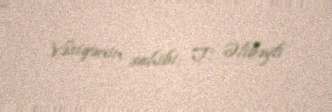
Vəsiqənin sahibi: T. Əlibəyli